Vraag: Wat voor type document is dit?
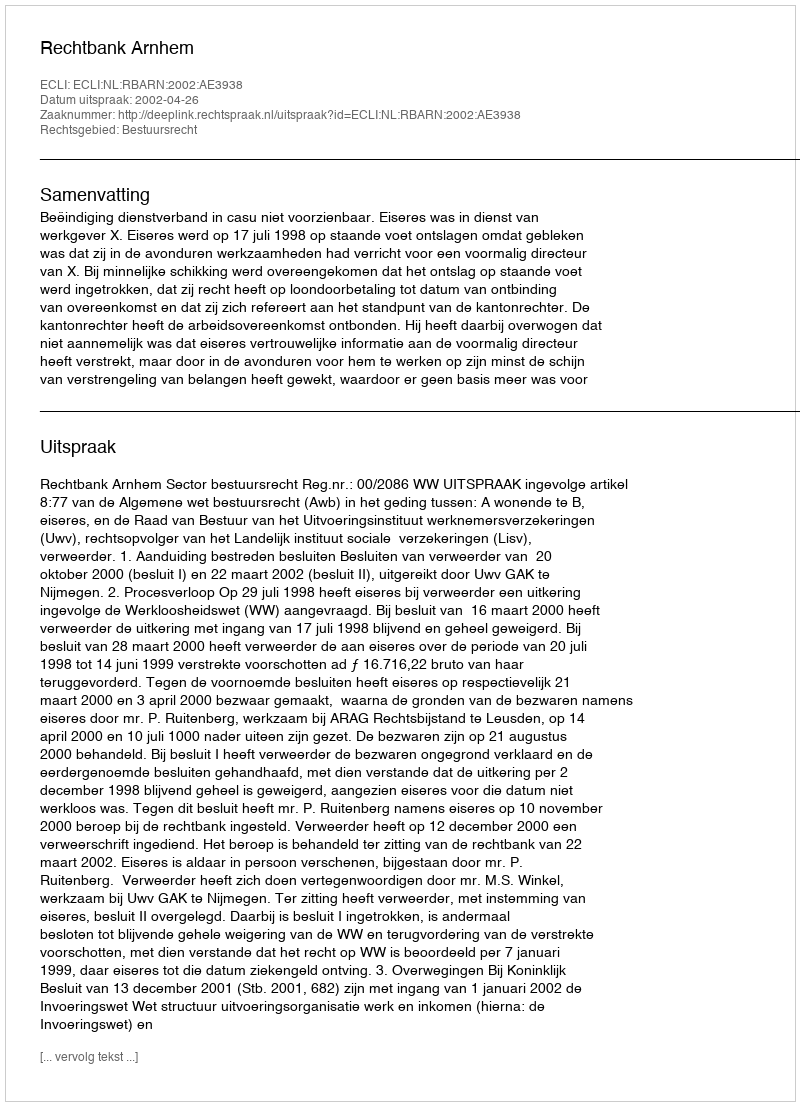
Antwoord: Uitspraak